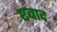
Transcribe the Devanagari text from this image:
एबाद